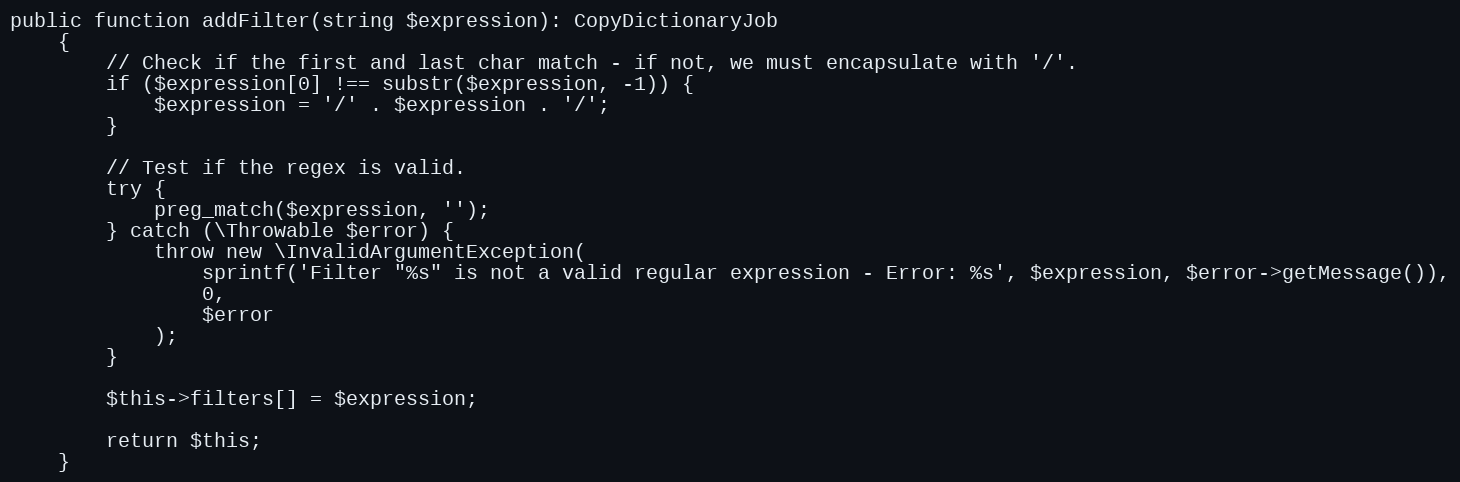
Language: PHP
public function addFilter(string $expression): CopyDictionaryJob
    {
        // Check if the first and last char match - if not, we must encapsulate with '/'.
        if ($expression[0] !== substr($expression, -1)) {
            $expression = '/' . $expression . '/';
        }

        // Test if the regex is valid.
        try {
            preg_match($expression, '');
        } catch (\Throwable $error) {
            throw new \InvalidArgumentException(
                sprintf('Filter "%s" is not a valid regular expression - Error: %s', $expression, $error->getMessage()),
                0,
                $error
            );
        }

        $this->filters[] = $expression;

        return $this;
    }